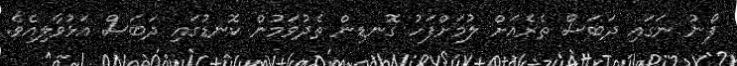
ފޯނު ނަގައި ދަބަސް ތެރެއަށް ލުމަށްފަހު ގޮނޑިން ތެދުވަމުން ކޮނޑުގައި ދަބަސް އަޅުވާލިއެވެ.